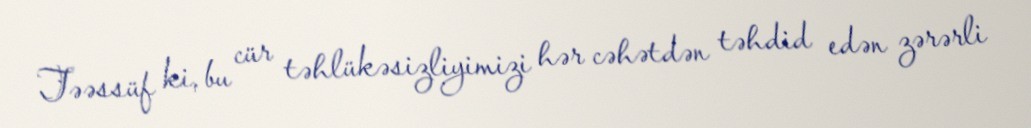
Təəssüf ki, bu cür təhlükəsizliyimizi hər cəhətdən təhdid edən zərərli